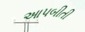
આપબીતી